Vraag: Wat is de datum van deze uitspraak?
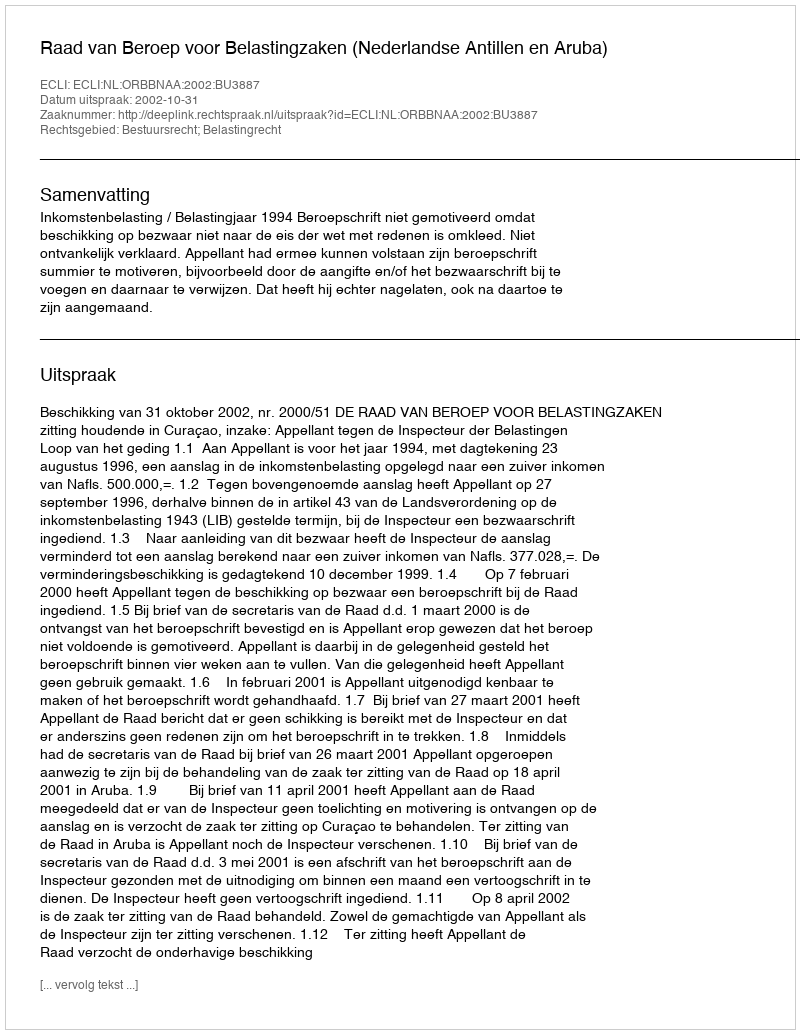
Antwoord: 2002-10-31